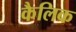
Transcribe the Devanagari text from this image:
कैलिक